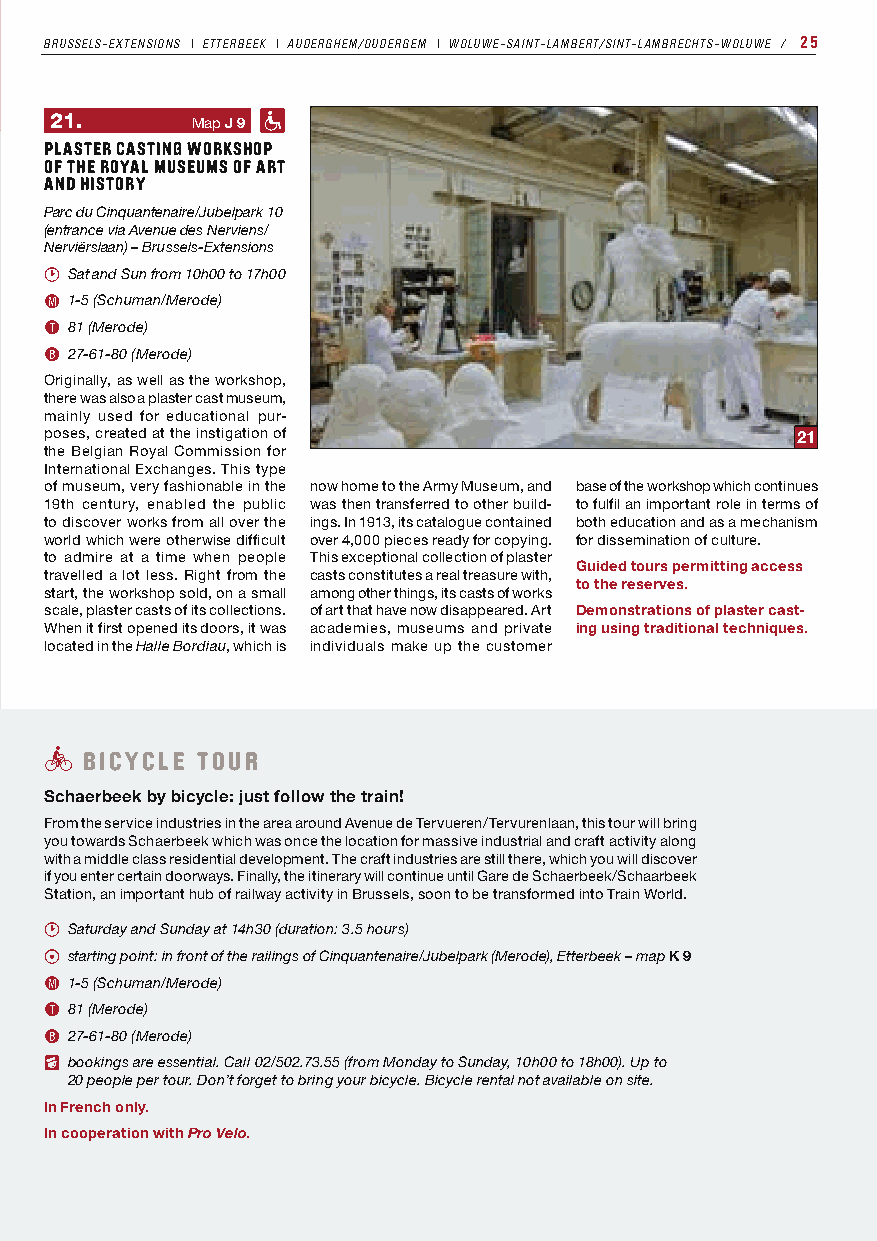
BRUSSELS-EXTENSIONS I ETTERBEEK I AUDERGHEM/OUDERGEM I WOLUWE-SAINT-LAMBERT/SINT-LAMBRECHTS-WOLUWE ⁄ 25
 21.       Map J 9 K
 PLASTER CASTING WORKSHOP
 OF THE ROYAL MUSEUMS OF ART
 AND HISTORY
 Parc du Cinquantenaire/Jubelpark 10
 (entrance via Avenue des Nerviens/
 Nerviërslaan) – Brussels-Extensions
 A Sat and Sun from 10h00 to 17h00
 M 1-5 (Schuman/Merode)
 T 81 (Merode)
 B 27-61-80 (Merode)
 Originally, as well as the workshop,
 there was also a plaster cast museum,
 mainly used for educational pur-
 poses, created at the instigation of              21
 the Belgian Royal Commission for
 International Exchanges. This type
 of museum, very fashionable in the now home to the Army Museum, and base of the workshop which continues
 19th century, enabled the public was then transferred to other build- to fulfil an important role in terms of
 to discover works from all over the ings. In 1913, its catalogue contained both education and as a mechanism
 world which were otherwise difficult over 4,000 pieces ready for copying. for dissemination of culture.
 to admire at a time when people This exceptional collection of plaster
 Guided tours permitting access
 travelled a lot less. Right from the casts constitutes a real treasure with,
 to the reserves.
 start, the workshop sold, on a small among other things, its casts of works
 scale, plaster casts of its collections. of art that have now disappeared. Art Demonstrations of plaster cast-
 When it first opened its doors, it was academies, museums and private ing using traditional techniques.
 located in the Halle Bordiau, which is individuals make up the customer
 b BICYCLE TOUR
 Schaerbeek by bicycle: just follow the train!
 From the service industries in the area around Avenue de Tervueren/Tervurenlaan, this tour will bring
 you towards Schaerbeek which was once the location for massive industrial and craft activity along
 with a middle class residential development. The craft industries are still there, which you will discover
 if you enter certain doorways. Finally, the itinerary will continue until Gare de Schaerbeek/Schaarbeek
 Station, an important hub of railway activity in Brussels, soon to be transformed into Train World.
 A Saturday and Sunday at 14h30 (duration: 3.5 hours)
 C starting point: in front of the railings of Cinquantenaire/Jubelpark (Merode), Etterbeek – map K 9
 M 1-5 (Schuman/Merode)
 T 81 (Merode)
 B 27-61-80 (Merode)
 I bookings are essential. Call 02/502.73.55 (from Monday to Sunday, 10h00 to 18h00). Up to
 20 people per tour. Don’t forget to bring your bicycle. Bicycle rental not available on site.
 In French only.
 In cooperation with Pro Velo.